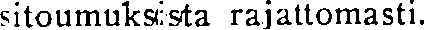
sitoumuksista rajattomasti.